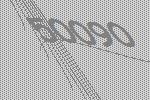
50090